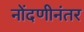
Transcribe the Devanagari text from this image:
नोंदणीनंतर